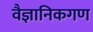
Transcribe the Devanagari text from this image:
वैज्ञानिकगण